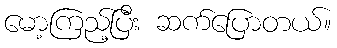
မော့ကြည့်ပြီး ဆက်ပြောတယ်။